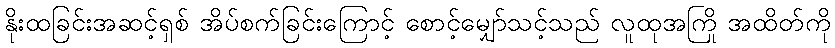
နိုးထခြင်းအဆင့်ရှစ် အိပ်စက်ခြင်းကြောင့် စောင့်မျှော်သင့်သည် လူထုအကြို အထိတ်ကို